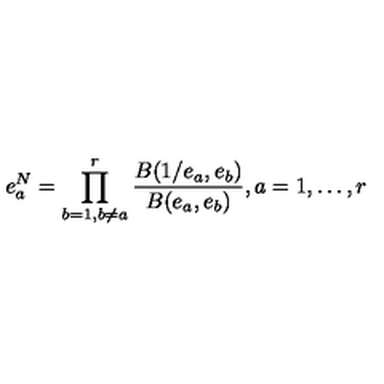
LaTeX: e _ { a } ^ { N } = \prod _ { b = 1 , b \neq a } ^ { r } \frac { B ( 1 / e _ { a } , e _ { b } ) } { B ( e _ { a } , e _ { b } ) } , a = 1 , \ldots , r